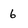
Character: 6